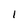
Character: I